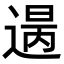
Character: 𨕈